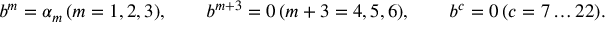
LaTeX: b ^ { m } = \alpha _ { m } \, ( m = 1 , 2 , 3 ) , \qquad b ^ { m + 3 } = 0 \, ( m + 3 = 4 , 5 , 6 ) , \qquad b ^ { c } = 0 \, ( c = 7 \dots 2 2 ) .